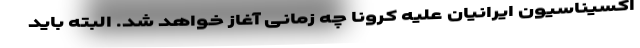
اکسیناسیون ایرانیان علیه کرونا چه زمانی آغاز خواهد شد. البته باید